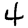
Digit: 4